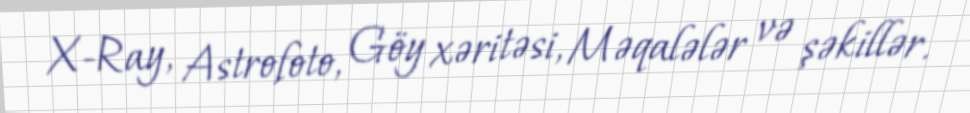
X-Ray, Astrofoto, Göy xəritəsi, Məqalələr və şəkillər.